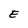
Character: E